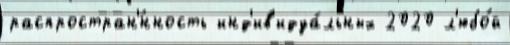
распростран'́нность инд'ив'идуа́льных 2020 л'юбо́й